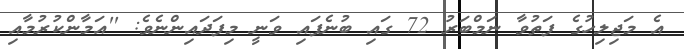
އެ މަޖިލިހުގެ ފަތުވާ ނަމްބަރު 72 ގައި ބުނެފައި ވަނީ މިފަދައިންނެވެ: ''އަމާންކުރުމާއި